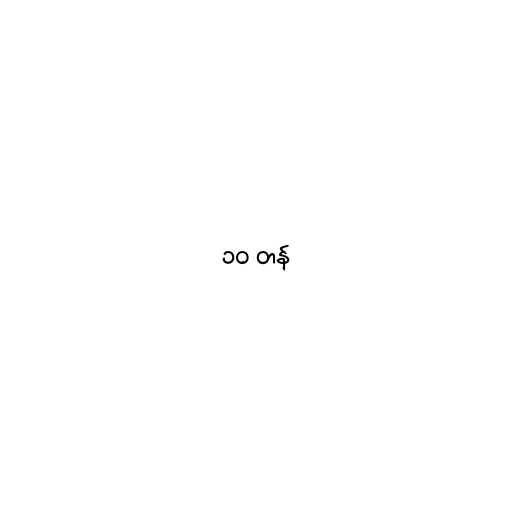
၁၀ တန်